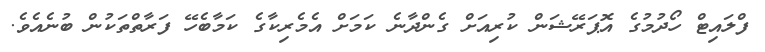
ފްލައިޓް ހޯދުމުގެ އޮޕަރޭޝަން ކުރިއަށް ގެންދާނެ ކަމަށް އެމެރިކާގެ ކަމާބެހޭ ފަރާތްތަކުން ބުނެއެވެ.